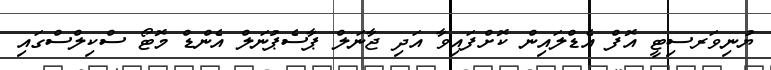
ޔުނިވަރސިޓީ އޮފް އެޑްލައިން ކޮށްފައިވާ އަދި ޖާނަލް ޕާސެޕުނަލް އެންޑް މޮޓޯ ސްކިލްސްގައި